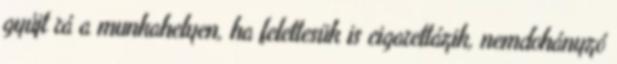
gyújt rá a munkahelyen, ha felettesük is cigarettázik, nemdohányzó